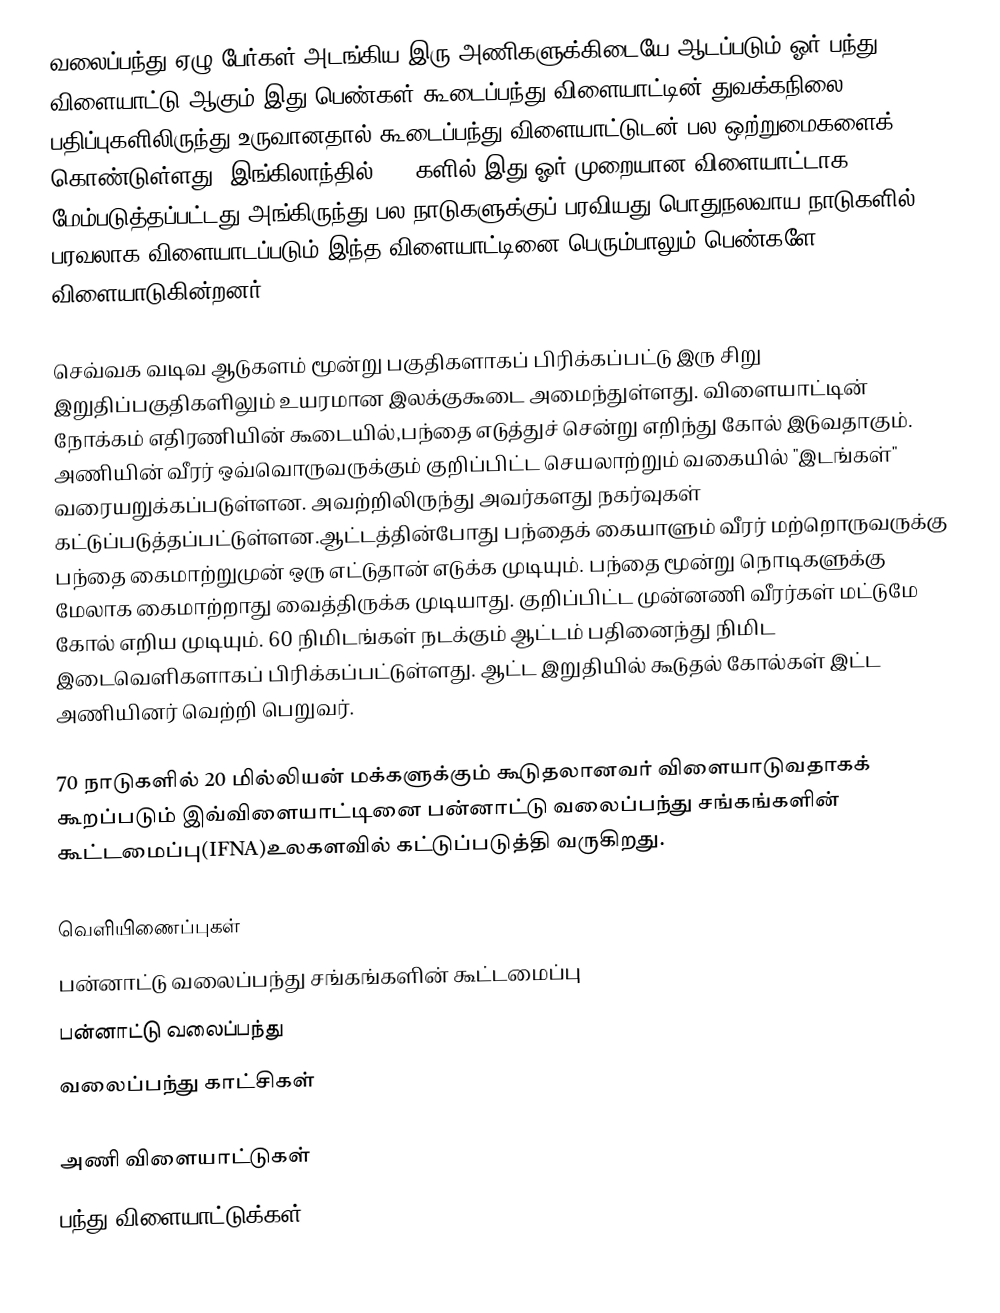
வலைப்பந்து ஏழு பேர்கள் அடங்கிய இரு அணிகளுக்கிடையே ஆடப்படும் ஓர் பந்து விளையாட்டு ஆகும்.இது பெண்கள் கூடைப்பந்து விளையாட்டின் துவக்கநிலை பதிப்புகளிலிருந்து உருவானதால் கூடைப்பந்து விளையாட்டுடன் பல ஒற்றுமைகளைக் கொண்டுள்ளது.  இங்கிலாந்தில் 1890களில் இது ஓர் முறையான விளையாட்டாக மேம்படுத்தப்பட்டது.அங்கிருந்து பல நாடுகளுக்குப் பரவியது.பொதுநலவாய நாடுகளில் பரவலாக விளையாடப்படும் இந்த விளையாட்டினை பெரும்பாலும் பெண்களே விளையாடுகின்றனர்.

செவ்வக வடிவ ஆடுகளம் மூன்று பகுதிகளாகப் பிரிக்கப்பட்டு இரு சிறு இறுதிப்பகுதிகளிலும் உயரமான இலக்குகூடை அமைந்துள்ளது. விளையாட்டின் நோக்கம் எதிரணியின் கூடையில்,பந்தை எடுத்துச் சென்று எறிந்து கோல் இடுவதாகும்.  அணியின் வீரர் ஒவ்வொருவருக்கும் குறிப்பிட்ட செயலாற்றும் வகையில் "இடங்கள்" வரையறுக்கப்படுள்ளன. அவற்றிலிருந்து அவர்களது நகர்வுகள் கட்டுப்படுத்தப்பட்டுள்ளன.ஆட்டத்தின்போது பந்தைக் கையாளும் வீரர் மற்றொருவருக்கு பந்தை கைமாற்றுமுன் ஒரு எட்டுதான் எடுக்க முடியும். பந்தை மூன்று நொடிகளுக்கு மேலாக கைமாற்றாது வைத்திருக்க முடியாது. குறிப்பிட்ட முன்னணி வீரர்கள் மட்டுமே கோல் எறிய முடியும். 60 நிமிடங்கள் நடக்கும் ஆட்டம் பதினைந்து நிமிட இடைவெளிகளாகப் பிரிக்கப்பட்டுள்ளது. ஆட்ட இறுதியில் கூடுதல் கோல்கள் இட்ட அணியினர் வெற்றி பெறுவர்.

70 நாடுகளில் 20 மில்லியன் மக்களுக்கும் கூடுதலானவர் விளையாடுவதாகக் கூறப்படும் இவ்விளையாட்டினை பன்னாட்டு வலைப்பந்து சங்கங்களின் கூட்டமைப்பு(IFNA)உலகளவில் கட்டுப்படுத்தி வருகிறது.

வெளியிணைப்புகள்
பன்னாட்டு வலைப்பந்து சங்கங்களின் கூட்டமைப்பு
பன்னாட்டு வலைப்பந்து
வலைப்பந்து காட்சிகள்

அணி விளையாட்டுகள்
பந்து விளையாட்டுக்கள்